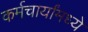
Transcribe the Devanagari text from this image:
कर्मचार्यांमध्ये